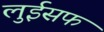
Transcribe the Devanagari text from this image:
लुईसफ